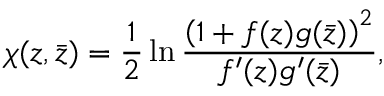
\chi ( z , \bar { z } ) = \frac { 1 } { 2 } \ln \frac { \left( 1 + f ( z ) g ( \bar { z } ) \right) ^ { 2 } } { f ^ { \prime } ( z ) g ^ { \prime } ( \bar { z } ) } ,